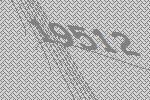
19512